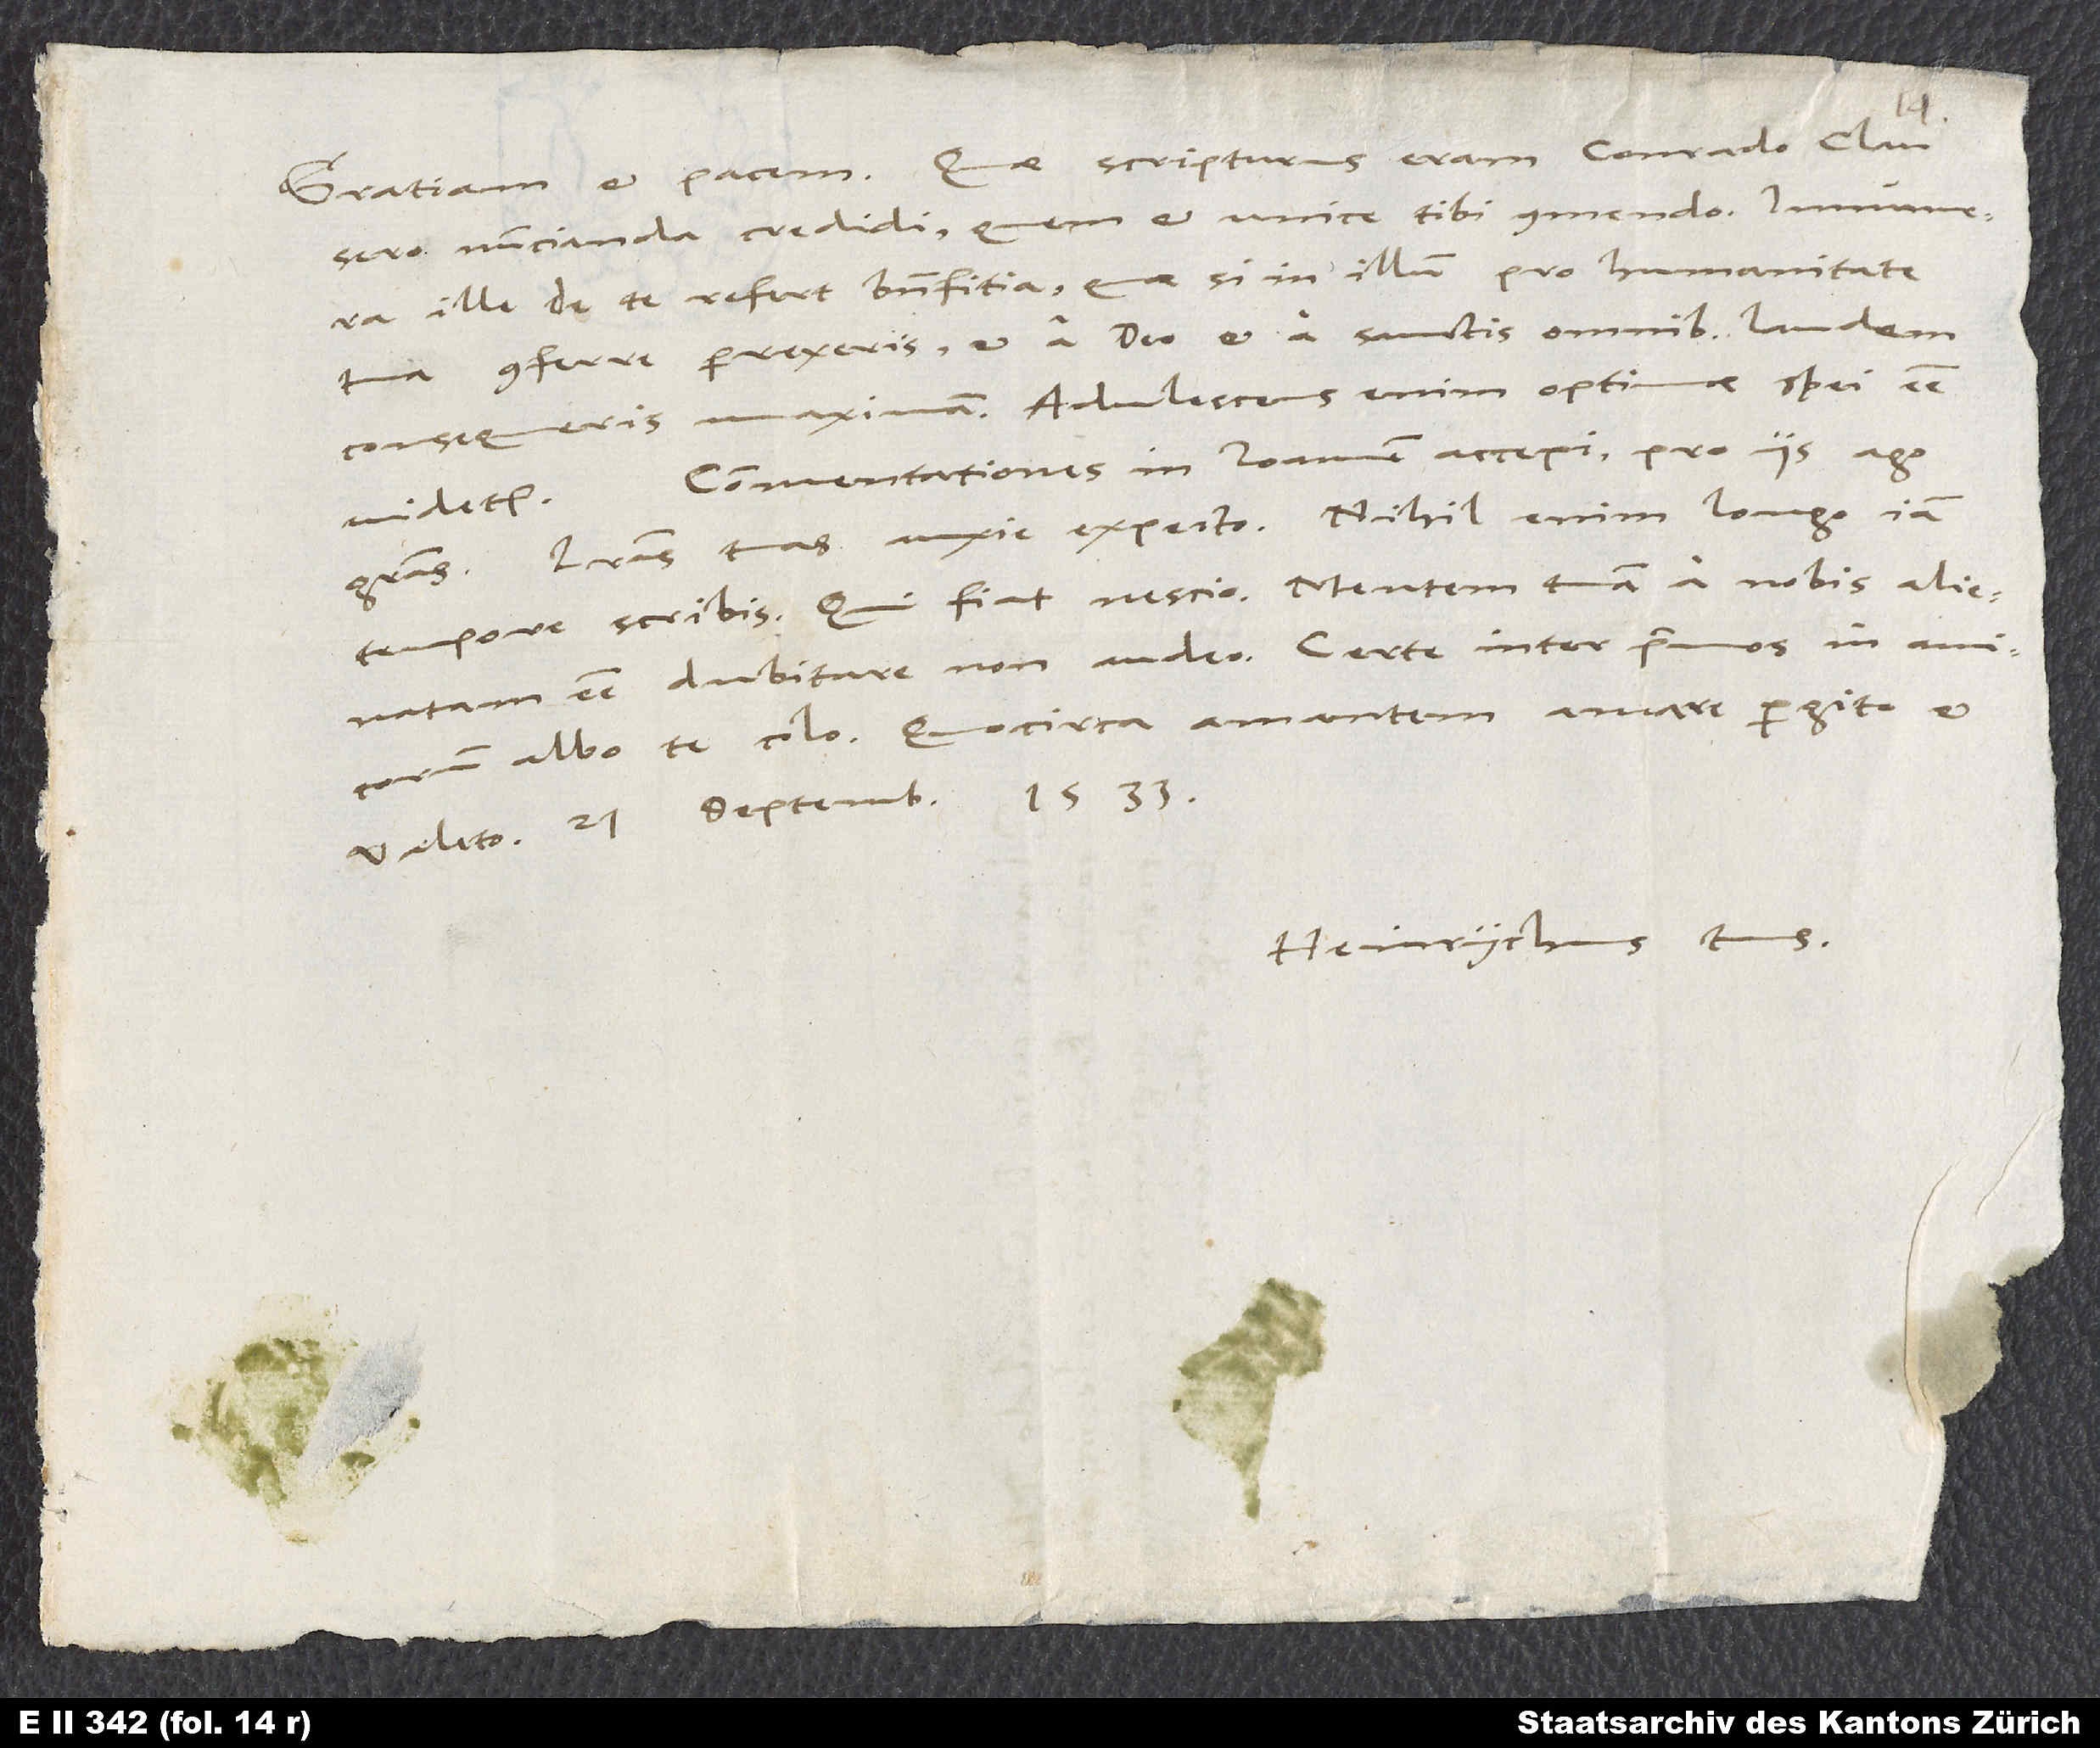
nuncianda credidi, quem et unice tibi commendo. Innumera
ille de te refert benefitia. Quae si in illum pro humanitate
tua conferre perrexeris, et a deo et a sanctis omnibus laudem
consequeris maximam. Adulescens enim optimae spei esse
Commentationes in Ioannem accepi. Pro iis ago
Literas tuas anxie expecto. Nihil enim longo iam
tempore scribis. Qui fiat, nescio. Mentem tuam a nobis alienatam
esse dubitare non audeo. Certe inter primos in amicorum
albo te colo. Quocirca amantem amare pergito et
Heinrychus tuus.